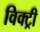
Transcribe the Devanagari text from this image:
विक्‍ट्री